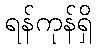
ရန်ကုန်ရှိ